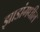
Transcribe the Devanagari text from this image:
झाडांमधील